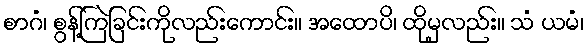
စာဂံ၊ စွန့်ကြဲခြင်းကိုလည်းကောင်း။ အထောပိ၊ ထိုမှလည်း။ သံ ယမံ၊